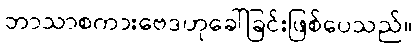
ဘာသာစကားဗေဒဟုခေါ်ခြင်းဖြစ်ပေသည်။